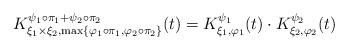
LaTeX: \begin{align*} K_{\xi_1\times\xi_2,\max\{\varphi_1\circ \pi_1,\varphi_2\circ \pi_2\}}^{\psi_1\circ\pi_1+\psi_2\circ \pi_2}(t)=K_{\xi_1,\varphi_1}^{\psi_1}(t)\cdot K_{\xi_2,\varphi_2}^{\psi_2}(t) \end{align*}